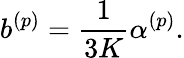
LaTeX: b^{(p)}=\frac{1}{3K}\alpha^{(p)}.